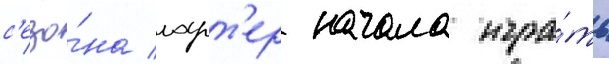
с'езо́на ларт'ер начала игра́ть